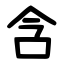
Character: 含